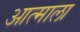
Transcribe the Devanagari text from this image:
आत्माला